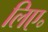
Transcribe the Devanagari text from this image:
लिए॰